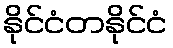
နိုင်ငံတနိုင်ငံ